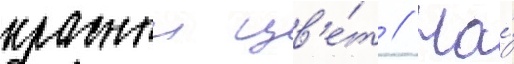
красныи цв'е́т // На́